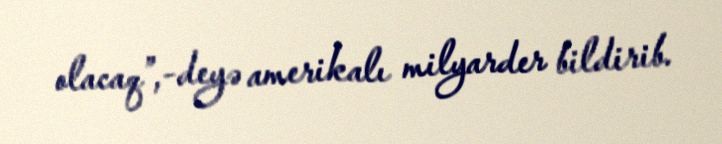
olacaq”,-deyə amerikalı milyarder bildirib.